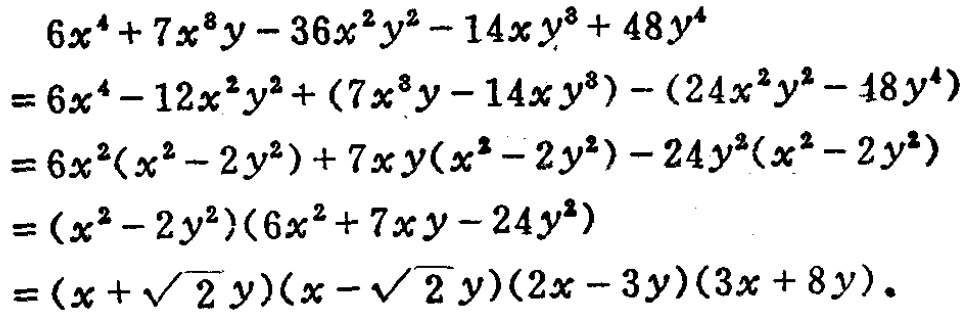
\[
\begin{align*}
&6x^{4}+7x^{3}y - 36x^{2}y^{2}-14xy^{3}+48y^{4}\\
=&6x^{4}-12x^{2}y^{2}+(7x^{3}y - 14xy^{3})-(24x^{2}y^{2}-48y^{4})\\
=&6x^{2}(x^{2}-2y^{2})+7xy(x^{2}-2y^{2})-24y^{2}(x^{2}-2y^{2})\\
=&(x^{2}-2y^{2})(6x^{2}+7xy - 24y^{2})\\
=&(x + \sqrt{2}y)(x - \sqrt{2}y)(2x - 3y)(3x + 8y)
\end{align*}
\]